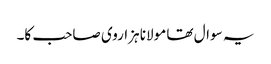
یہ سوال تھا مولانا ہزاروی صاحب کا۔